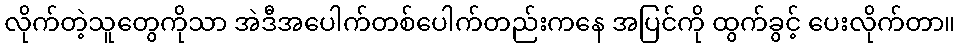
လိုက်တဲ့သူတွေကိုသာ အဲဒီအပေါက်တစ်ပေါက်တည်းကနေ အပြင်ကို ထွက်ခွင့် ပေးလိုက်တာ။